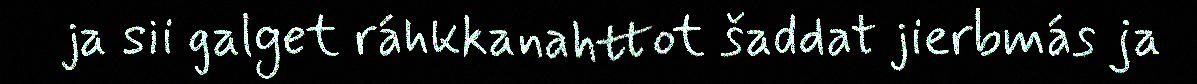
ja sii galget ráhkkanahttot šaddat jierbmás ja